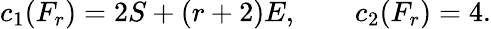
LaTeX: c_{1}(F_{r})=2S+(r+2)E,\qquad c_{2}(F_{r})=4.